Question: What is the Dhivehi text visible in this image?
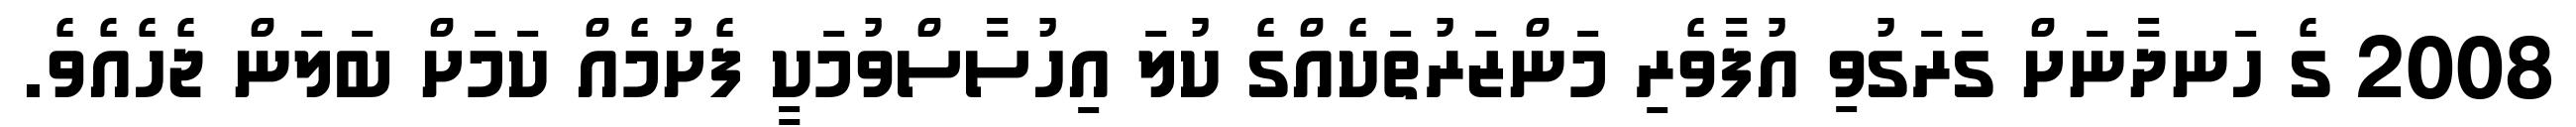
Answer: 2008 ގެ ހަނދާނަށް ގަރަގުވި އުފާވެރި މަންޒަރުތަކެއްގެ ކުލަ އިހުސާސްވުމަކީ ފެށުމެއް ކަމަށް ބަލަން ޖެހެއެވެ.